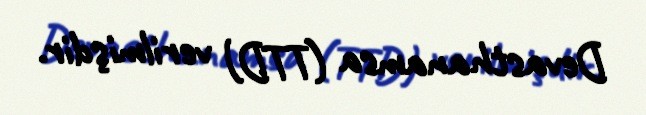
Devasthanamsa (TTD) verilmişdir.